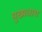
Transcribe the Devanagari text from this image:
मुख्‍यधारा